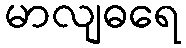
မာလျဓရေ